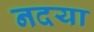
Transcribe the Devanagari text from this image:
नदया